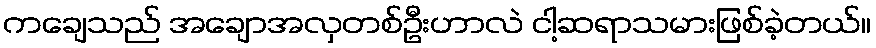
ကချေသည် အချောအလှတစ်ဦးဟာလဲ ငါ့ဆရာသမားဖြစ်ခဲ့တယ်။